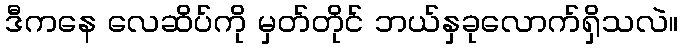
ဒီကနေ လေဆိပ်ကို မှတ်တိုင် ဘယ်နှခုလောက်ရှိသလဲ။